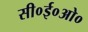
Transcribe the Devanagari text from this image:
सी०ई०ओ०